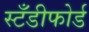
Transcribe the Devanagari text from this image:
स्टँडीफोर्ड